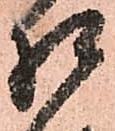
相